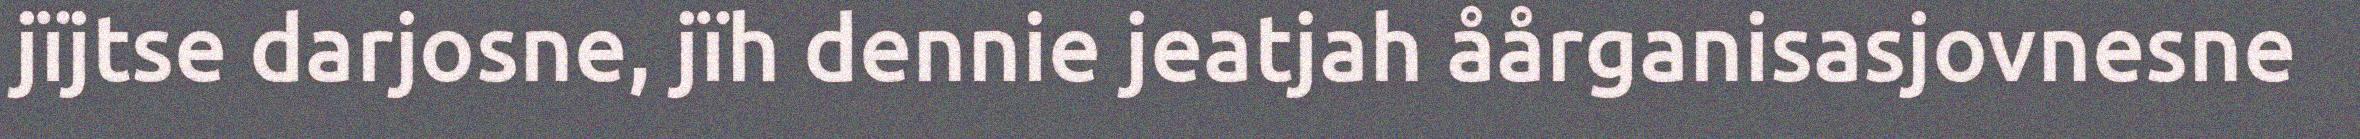
jïjtse darjosne, jïh dennie jeatjah åårganisasjovnesne